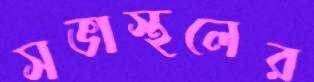
সভাস্থলের